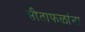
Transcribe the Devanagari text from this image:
सीताफळांना